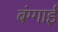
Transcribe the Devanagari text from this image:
बंग्गाई